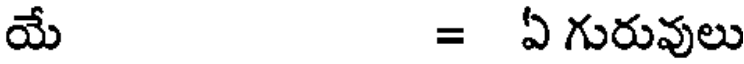
యే = ఏ గురువులు